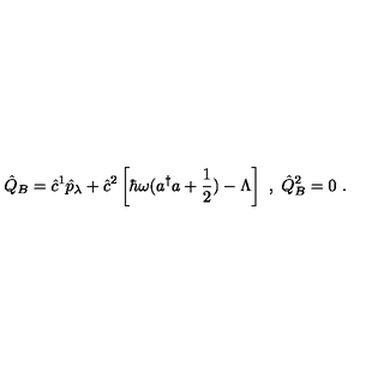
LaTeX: \hat { Q } _ { B } = \hat { c } ^ { 1 } \hat { p } _ { \lambda } + \hat { c } ^ { 2 } \left[ \hbar \omega ( a ^ { \dagger } a + \frac { 1 } { 2 } ) - \Lambda \right] \ , \ \hat { Q } _ { B } ^ { 2 } = 0 \ .